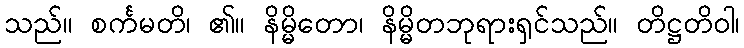
သည်။ စင်္ကမတိ၊ ၏။ နိမ္မိတော၊ နိမ္မိတဘုရားရှင်သည်။ တိဋ္ဌတိဝါ၊